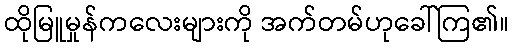
ထိုမြူမှုန်ကလေးများကို အက်တမ်ဟုခေါ်ကြ၏။